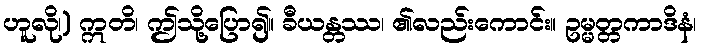
ဟူလို၊) ဣတိ၊ ဤသို့ပြော၍။ ခီယန္တဿ၊ ၏လည်းကောင်း။ ဥမ္မတ္တကာဒိနံ၊